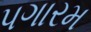
પગારમ